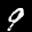
Label: 9